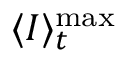
\langle I \rangle _ { t } ^ { \mathrm { m a x } }